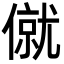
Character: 僦